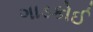
ગાડકોઈ